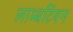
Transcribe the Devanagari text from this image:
लाम्बर्टियन